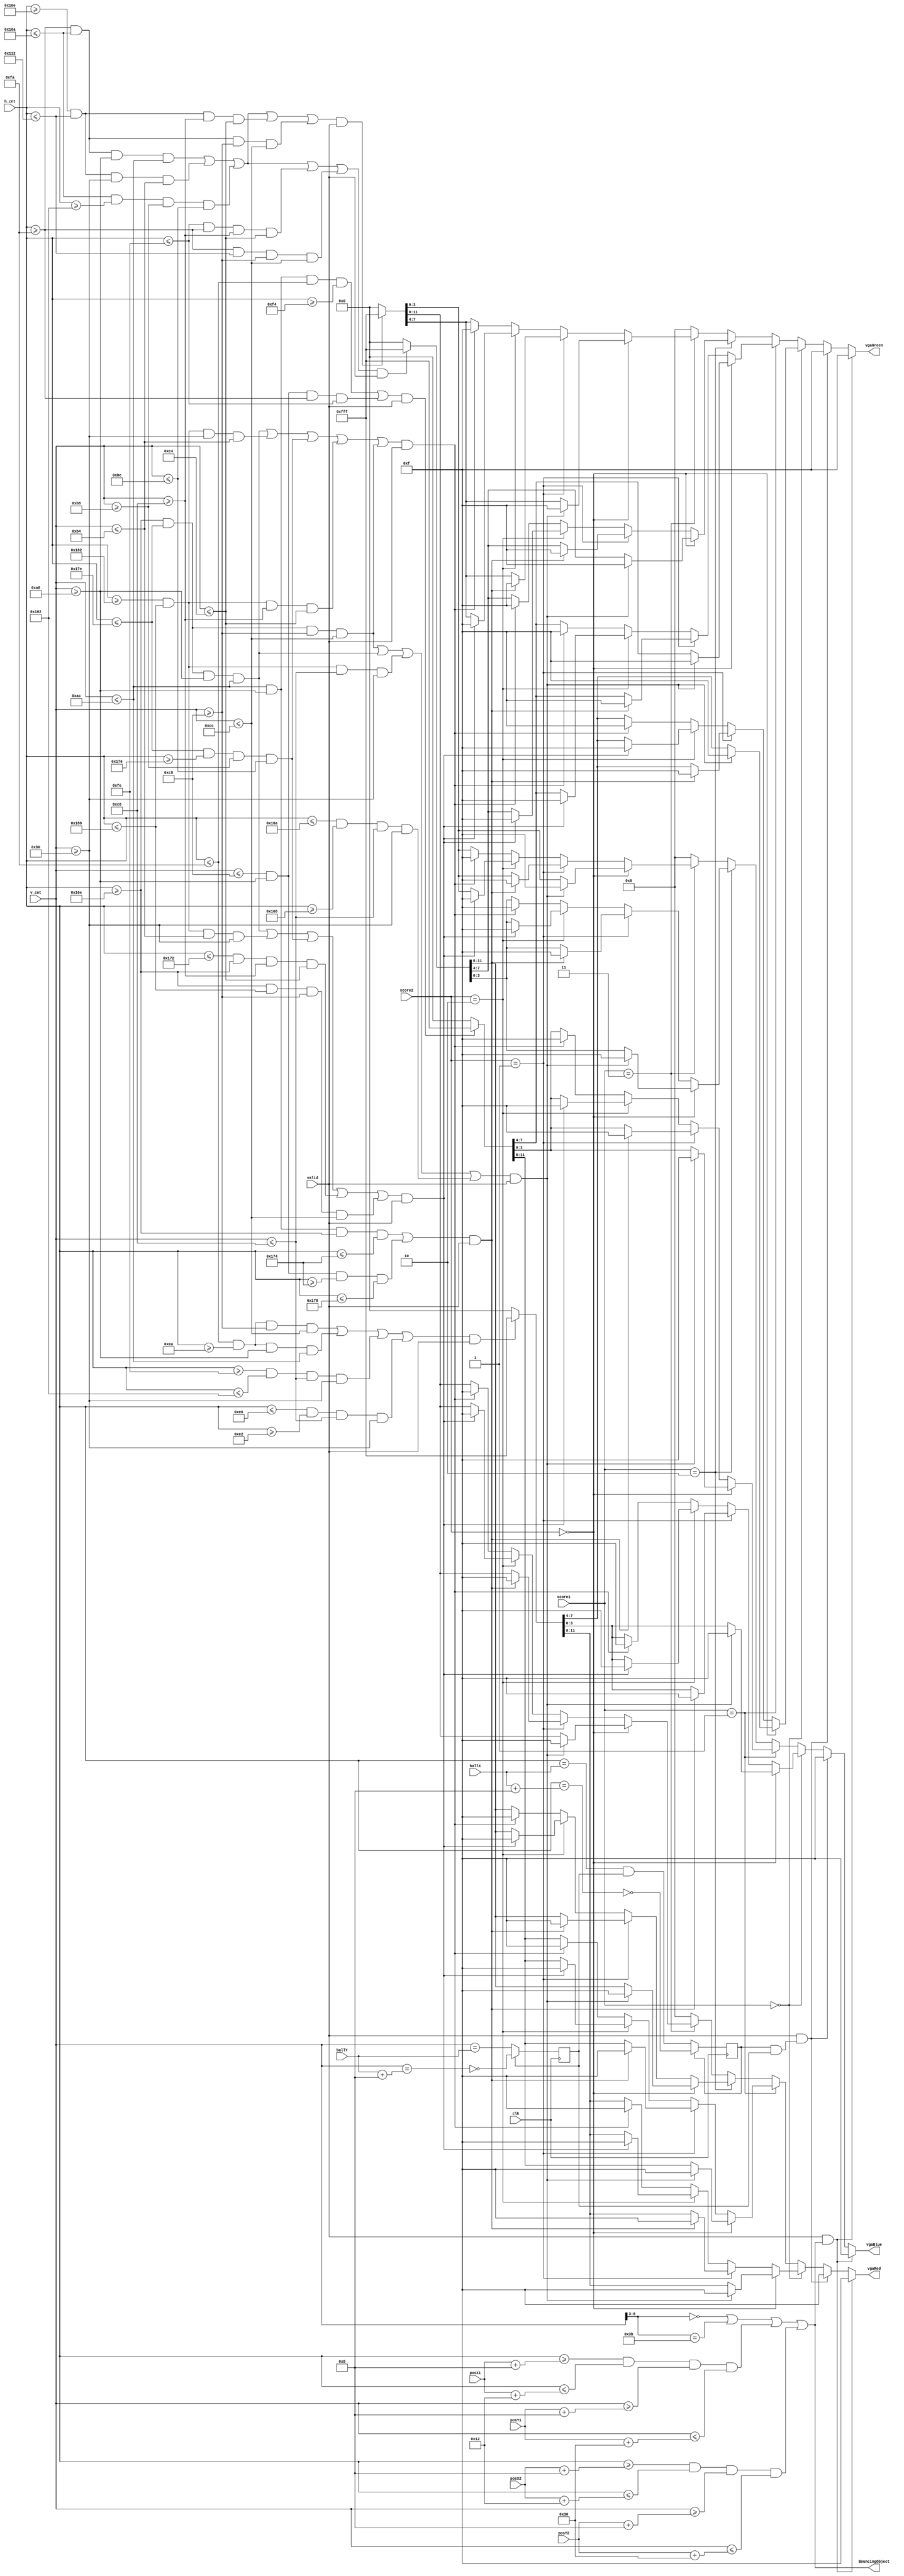
`define START 2'b00
`define SERVE 2'b01
`define PLAY 2'b10
`define DONE 2'b11

`define PLAYING 2'b00
`define PLAYER1WIN 2'b01
`define PLAYER2WIN 2'b10

module pixel_gen(
   input [9:0] h_cnt,
   input clk,
   input valid,
   input [9:0]v_cnt,
   input [9:0]ballX,
   input [9:0]ballY,
   input [9:0]posX1,
   input [9:0]posX2,
   input [8:0]posY1,
   input [8:0]posY2,
   input [1:0]score1,
   input [1:0]score2,
   output reg [3:0] vgaRed,
   output reg [3:0] vgaGreen,
   output reg [3:0] vgaBlue,
   output BouncingObject
   );
reg ball_inX;
reg ball_inY;

wire border =  (v_cnt[8:3]==0) || (v_cnt[8:3]==59);
wire paddle1 = ((h_cnt>=posX1+8) && (h_cnt<=posX1+18) &&(v_cnt>=posY1+8)&& (v_cnt<=posY1+48));
wire paddle2 = ((h_cnt>=posX2+8) && (h_cnt<=posX2+18) &&(v_cnt>=posY2+8) && (v_cnt<=posY2+48)) ;

wire zero = ((h_cnt<=250)&&(h_cnt>=234)&& (v_cnt>=200) &&(v_cnt<=204)) || ((h_cnt<=250)&&(h_cnt>=234)&& (v_cnt>=168)&& (v_cnt<=172)) ||((h_cnt>=254)&&(h_cnt<=258)&&(v_cnt<=192)&& (v_cnt>=176)) ||((h_cnt<=230)&&(h_cnt>=226)&&(v_cnt<=192)&& (v_cnt>=176)) ;
wire zero2 = ((h_cnt>=366)&&(h_cnt<=382)&& (v_cnt>=200) &&(v_cnt<=204)) || ((h_cnt>=366)&&(h_cnt<=382)&& (v_cnt>=168)&& (v_cnt<=172)) ||((h_cnt>=386)&&(h_cnt<=390)&&(v_cnt<=192)&& (v_cnt>=176)) ||((h_cnt<=362)&&(h_cnt>=358)&&(v_cnt<=192)&& (v_cnt>=176)) ;

wire one = ((v_cnt<=172)&&(v_cnt>=168)&&(h_cnt<=250)&&(h_cnt>=244)) ||((v_cnt<=200)&&(v_cnt>=168)&&(h_cnt >=250)&&(h_cnt <=254));
wire one2 = ((v_cnt>=168)&&(v_cnt<=172)&&(h_cnt>=366)&&(h_cnt<=372)) ||((v_cnt<=200)&&(v_cnt>=168)&&(h_cnt >=372)&&(h_cnt <=376));

wire two = ((h_cnt>=250)&&(h_cnt<=266)&&(v_cnt >=168)&&(v_cnt <=172)) ||((h_cnt >= 270) &&(h_cnt <= 274) && (v_cnt >=176)&& (v_cnt <=180)) || ((h_cnt<=266)&&(h_cnt>=258)&&(v_cnt>=184)&&(v_cnt<=188)) ||((h_cnt <= 254)&&(h_cnt >= 250)&&(v_cnt >= 192)&&(v_cnt <= 196)) || ((h_cnt>=250)&&(h_cnt<=274)&&(v_cnt >=200)&&(v_cnt <=204));
wire two2 = ((h_cnt>=366)&&(h_cnt<=382)&&(v_cnt >=168)&&(v_cnt <=172)) ||((h_cnt >= 386) &&(h_cnt <= 390) && (v_cnt <= 180) &&(v_cnt >=176)) || ((h_cnt<=382)&&(h_cnt>=374)&&(v_cnt>=184)&&(v_cnt<=188)) ||((h_cnt <= 370)&&(h_cnt >= 366)&&(v_cnt >= 192)&&(v_cnt <= 196)) || ((h_cnt>=366)&&(h_cnt<=390)&&(v_cnt >=200)&&(v_cnt <=204));

wire three =((h_cnt>=250)&&(h_cnt<=266)&&(v_cnt>=168)&&(v_cnt<=172)) || ((h_cnt >= 270) &&(h_cnt <= 274) && (v_cnt >= 176)&& (v_cnt <= 180)) || ((h_cnt<=266) && (h_cnt>=258) &&(v_cnt >=184)&&(v_cnt <=188)) || ((h_cnt >=270) &&(h_cnt <=274) && (v_cnt >= 192)&& (v_cnt <= 196))||((h_cnt<=266) && (h_cnt>=250) && (v_cnt >= 200)&& (v_cnt <= 204));
wire three2 =((h_cnt>=366)&&(h_cnt<=382)&&(v_cnt>=168)&&(v_cnt<=172)) || ((h_cnt >= 386) &&(h_cnt <= 390) && (v_cnt >= 176)&& (v_cnt <= 180)) || ((h_cnt<=382) && (h_cnt>=374) &&(v_cnt >=184)&&(v_cnt <=188)) || ((h_cnt >= 386) &&(h_cnt <= 390) && (v_cnt >= 192)&& (v_cnt <= 196))||((h_cnt<=382) && (h_cnt>=366) && (v_cnt >= 200)&& (v_cnt <= 204));

assign  BouncingObject = border | paddle1 | paddle2 ; // active if the border or paddle is redrawing itself
always @(posedge clk)
if(ball_inX==0) ball_inX <= (h_cnt==ballX) & ball_inY; else ball_inX <= !(h_cnt == ballX+8);


always @(posedge clk)
if(ball_inY==0) ball_inY <= (v_cnt==ballY); else ball_inY <= !(v_cnt==ballY+8);

wire ball = ball_inX & ball_inY;



always @(*) begin
if(valid && BouncingObject)
    {vgaRed, vgaGreen, vgaBlue} = 12'hfff;
else if(valid && ball)
    {vgaRed, vgaGreen, vgaBlue} = 12'hfff;
else if(score1 == 2'd0)begin
     if(zero &&valid)
        {vgaRed, vgaGreen, vgaBlue} = 12'hfff;
      else 
                {vgaRed, vgaGreen, vgaBlue} = 12'h000;
       if(score2 == 2'd0)begin
            if(zero2 &&valid)
                {vgaRed, vgaGreen, vgaBlue} = 12'hfff;
      end
      else if(score2 == 2'b01)begin
            if(one2 &&valid)
                {vgaRed, vgaGreen, vgaBlue} = 12'hfff;
      end
      else if(score2 == 2'b10)begin
            if(two2 &&valid)
                {vgaRed, vgaGreen, vgaBlue} = 12'hfff;
      end
      else begin
            if(three2 &&valid)
                {vgaRed, vgaGreen, vgaBlue} = 12'hfff;
      end
end
else if(score1 == 2'b01)begin
     if(one &&valid)
        {vgaRed, vgaGreen, vgaBlue} = 12'hfff;
      else 
                {vgaRed, vgaGreen, vgaBlue} = 12'h000;
       if(score2 == 2'd0)begin
            if(zero2 &&valid)
                {vgaRed, vgaGreen, vgaBlue} = 12'hfff;
      end
      else if(score2 == 2'b01)begin
            if(one2 &&valid)
                {vgaRed, vgaGreen, vgaBlue} = 12'hfff;
      end
      else if(score2 == 2'b10)begin
            if(two2 &&valid)
                {vgaRed, vgaGreen, vgaBlue} = 12'hfff;
      end
      else begin
            if(three2 &&valid)
                {vgaRed, vgaGreen, vgaBlue} = 12'hfff;
      end
end
else if(score1 == 2'b10)begin
     if(two &&valid)
        {vgaRed, vgaGreen, vgaBlue} = 12'hfff;
      else 
                {vgaRed, vgaGreen, vgaBlue} = 12'h000;
       if(score2 == 2'd0)begin
            if(zero2 &&valid)
                {vgaRed, vgaGreen, vgaBlue} = 12'hfff;
      end
      else if(score2 == 2'b01)begin
            if(one2 &&valid)
                {vgaRed, vgaGreen, vgaBlue} = 12'hfff;
      end
      else if(score2 == 2'b10)begin
            if(two2 &&valid)
                {vgaRed, vgaGreen, vgaBlue} = 12'hfff;
      end
      else begin
            if(three2 &&valid)
                {vgaRed, vgaGreen, vgaBlue} = 12'hfff;
      end
end
else if(score1 == 2'b11)begin
     if(three &&valid)
        {vgaRed, vgaGreen, vgaBlue} = 12'hfff;
      else 
            {vgaRed, vgaGreen, vgaBlue} = 12'h000;
      if(score2 == 2'd0)begin
            if(zero2 &&valid)
                {vgaRed, vgaGreen, vgaBlue} = 12'hfff;
      end
      else if(score2 == 2'b01)begin
            if(one2 &&valid)
                {vgaRed, vgaGreen, vgaBlue} = 12'hfff;
      end
      else if(score2 == 2'b10)begin
            if(two2 &&valid)
                {vgaRed, vgaGreen, vgaBlue} = 12'hfff;
      end
      else begin
            if(three2 &&valid)
                {vgaRed, vgaGreen, vgaBlue} = 12'hfff;
      end
end
else 
    {vgaRed, vgaGreen, vgaBlue} = 12'h0;
end

endmodule